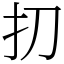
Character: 㧅